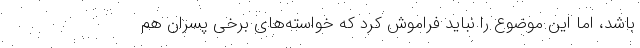
باشد، اما این موضوع را نباید فراموش کرد که خواسته‌های برخی پسران هم